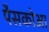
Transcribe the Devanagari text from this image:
पैसकोआ